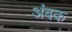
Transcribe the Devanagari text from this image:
अंबक